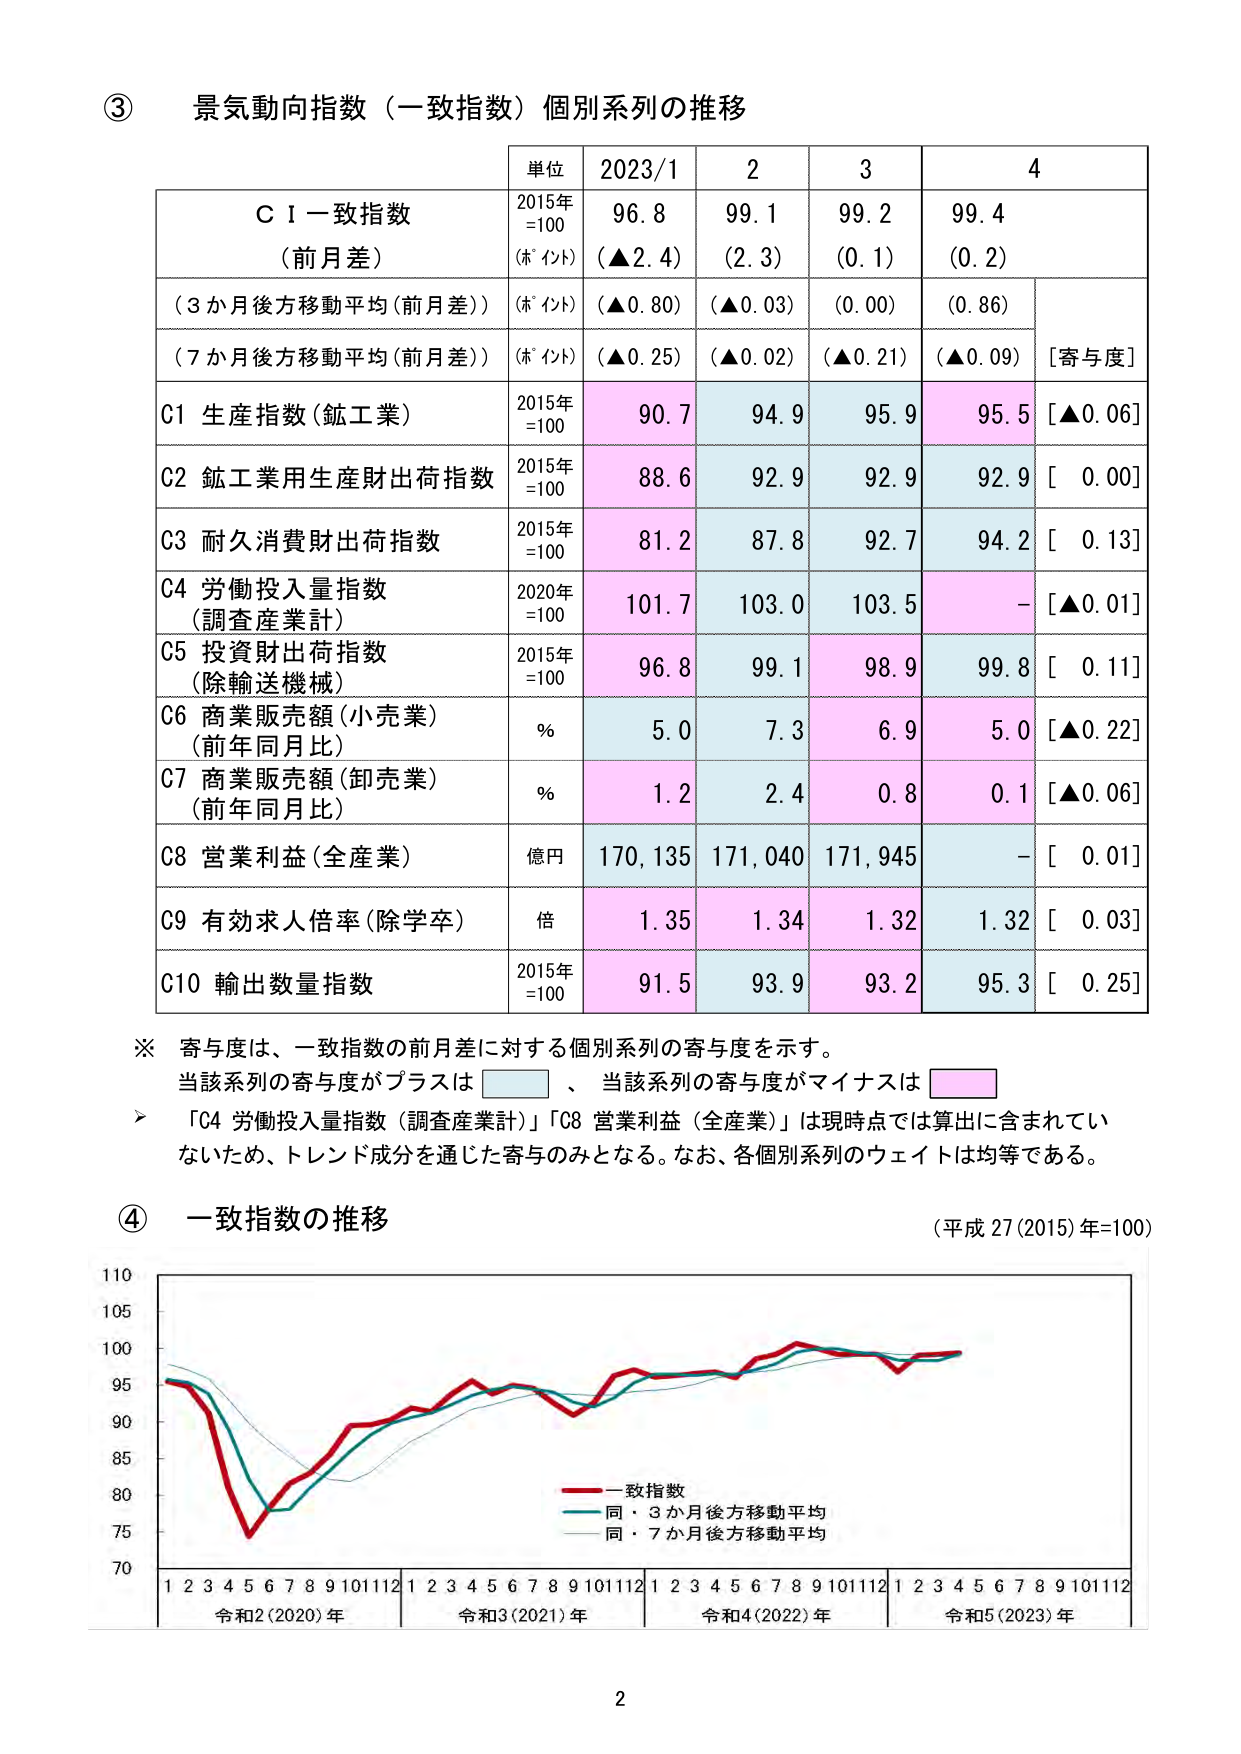
③ 景気動向指数（一致指数）個別系列の推移

単位 2023/1 2 3 4

ＣＩ一致指数 2015年 96.8 99.1 99.2 99.4
（前月差） =100 （▲2.4） （2.3） （0.1） （0.2）
（ポイント）

（3か月後方移動平均（前月差）） （ポイント） （▲0.80） （▲0.03） （0.00） （0.86）

（7か月後方移動平均（前月差）） （ポイント） （▲0.25） （▲0.02） （▲0.21） （▲0.09） [寄与度]

C1 生産指数（鉱工業） 2015年 90.7 94.9 95.9 95.5 [▲0.06]
=100

C2 鉱工業用生産財出荷指数 2015年 88.6 92.9 92.9 92.9 [ 0.00]
=100

C3 耐久消費財出荷指数 2015年 81.2 87.8 92.7 94.2 [ 0.13]
=100

C4 労働投入量指数 2020年 101.7 103.0 103.5 - [▲0.01]
（調査産業計） =100

C5 投資財出荷指数 2015年 96.8 99.1 98.9 99.8 [ 0.11]
（除輸送機械） =100

C6 商業販売額（小売業） % 5.0 7.3 6.9 5.0 [▲0.22]
（前年同月比）

C7 商業販売額（卸売業） % 1.2 2.4 0.8 0.1 [▲0.06]
（前年同月比）

C8 営業利益（全産業） 億円 170,135 171,040 171,945 - [ 0.01]

C9 有効求人倍率（除学卒） 倍 1.35 1.34 1.32 1.32 [ 0.03]

C10 輸出数量指数 2015年 91.5 93.9 93.2 95.3 [ 0.25]
=100

※ 寄与度は、一致指数の前月差に対する個別系列の寄与度を示す。
当該系列の寄与度がプラスは 、当該系列の寄与度がマイナスは

> 「C4 労働投入量指数（調査産業計）」「C8 営業利益（全産業）」は現時点では算出に含まれていないため、トレンド成分を通じた寄与のみとなる。なお、各個別系列のウェイトは均等である。

④ 一致指数の推移 （平成27(2015)年=100）

110
105
100
95
90
85
80
75
70

1 2 3 4 5 6 7 8 9 10 11 12 1 2 3 4 5 6 7 8 9 10 11 12 1 2 3 4 5 6 7 8 9 10 11 12 1 2 3 4 5 6 7 8 9 10 11 12
令和2(2020)年 令和3(2021)年 令和4(2022)年 令和5(2023)年

一致指数
同・3か月後方移動平均
同・7か月後方移動平均

2